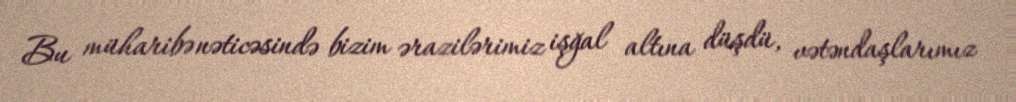
Bu müharibə nəticəsində bizim ərazilərimiz işğal altına düşdü, vətəndaşlarımız